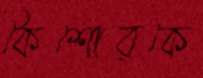
কৈশোরকে